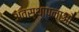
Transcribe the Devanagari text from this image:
अवस्थापनाओ